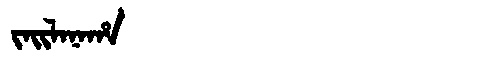
Manchu: ᠵᠠᡳᠯᠠᠨᠠᡥᠠ
Romanization: JAILANAHA